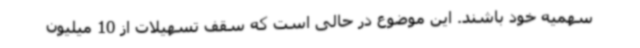
سهمیه خود باشند. این موضوع در حالی است که سقف تسهیلات از 10 میلیون